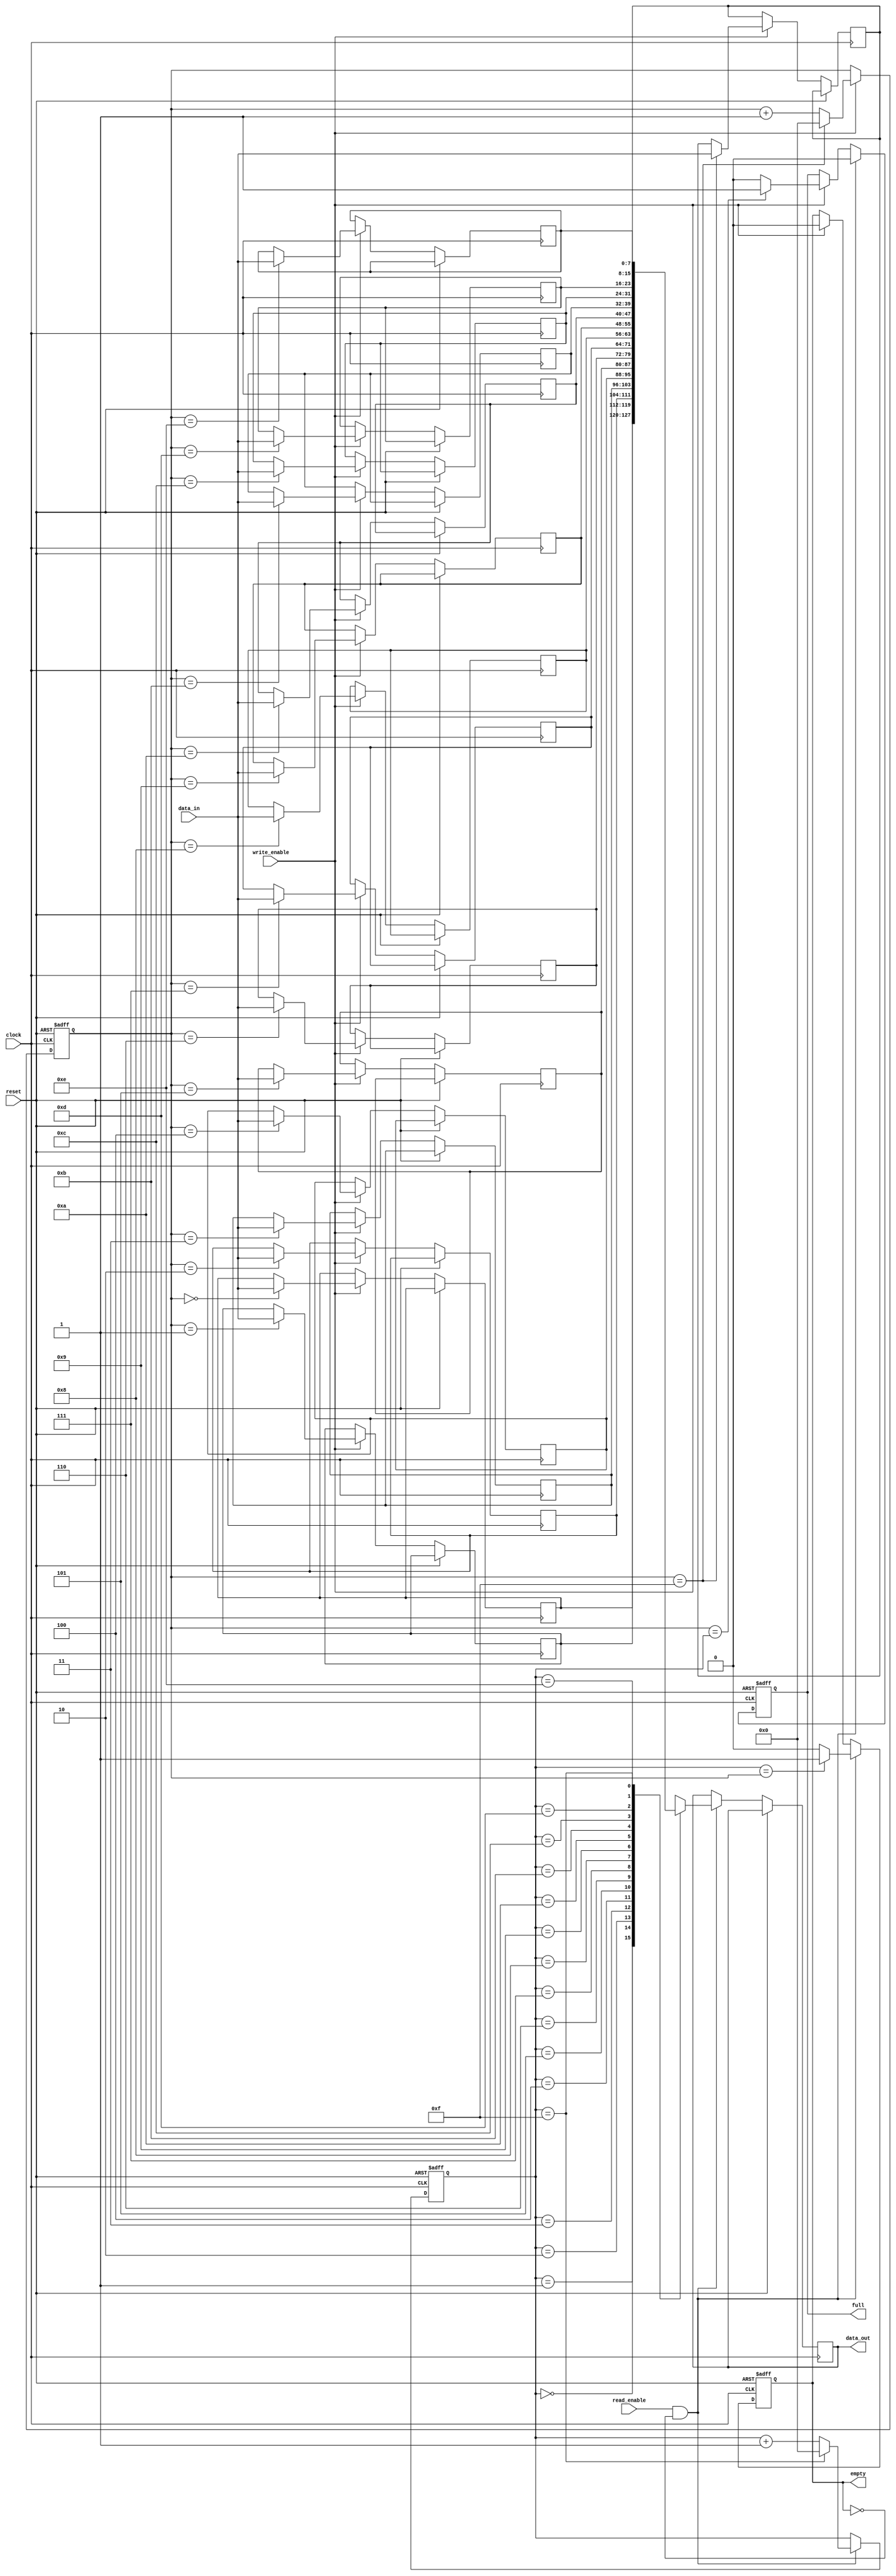
module fifo (
    input wire clock,
    input wire reset,
    input wire write_enable,
    input wire read_enable,
    input wire [7:0] data_in,
    output reg [7:0] data_out,
    output reg empty,
    output reg full
);

reg [7:0] buffer [15:0]; // 16 element buffer
reg [3:0] read_pointer;
reg [3:0] write_pointer;

always @(posedge clock or posedge reset) begin
    if (reset) begin
        read_pointer <= 4'b0000;
        write_pointer <= 4'b0000;
        empty <= 1'b1;
        full <= 1'b0;
    end
    else begin
        if (write_enable) begin
            buffer[write_pointer] <= data_in;
            write_pointer <= write_pointer + 1;
            if (write_pointer == 4'b1111) write_pointer <= 4'b0000; // wrap around
            empty <= 1'b0;
            if (write_pointer == read_pointer) full <= 1'b1;
            else full <= 1'b0;
        end
        
        if (read_enable && !empty) begin
            data_out <= buffer[read_pointer];
            read_pointer <= read_pointer + 1;
            if (read_pointer == 4'b1111) read_pointer <= 4'b0000; // wrap around
            if (read_pointer == write_pointer) empty <= 1'b1;
            else empty <= 1'b0;
            full <= 1'b0;
        end
    end
end

endmodule